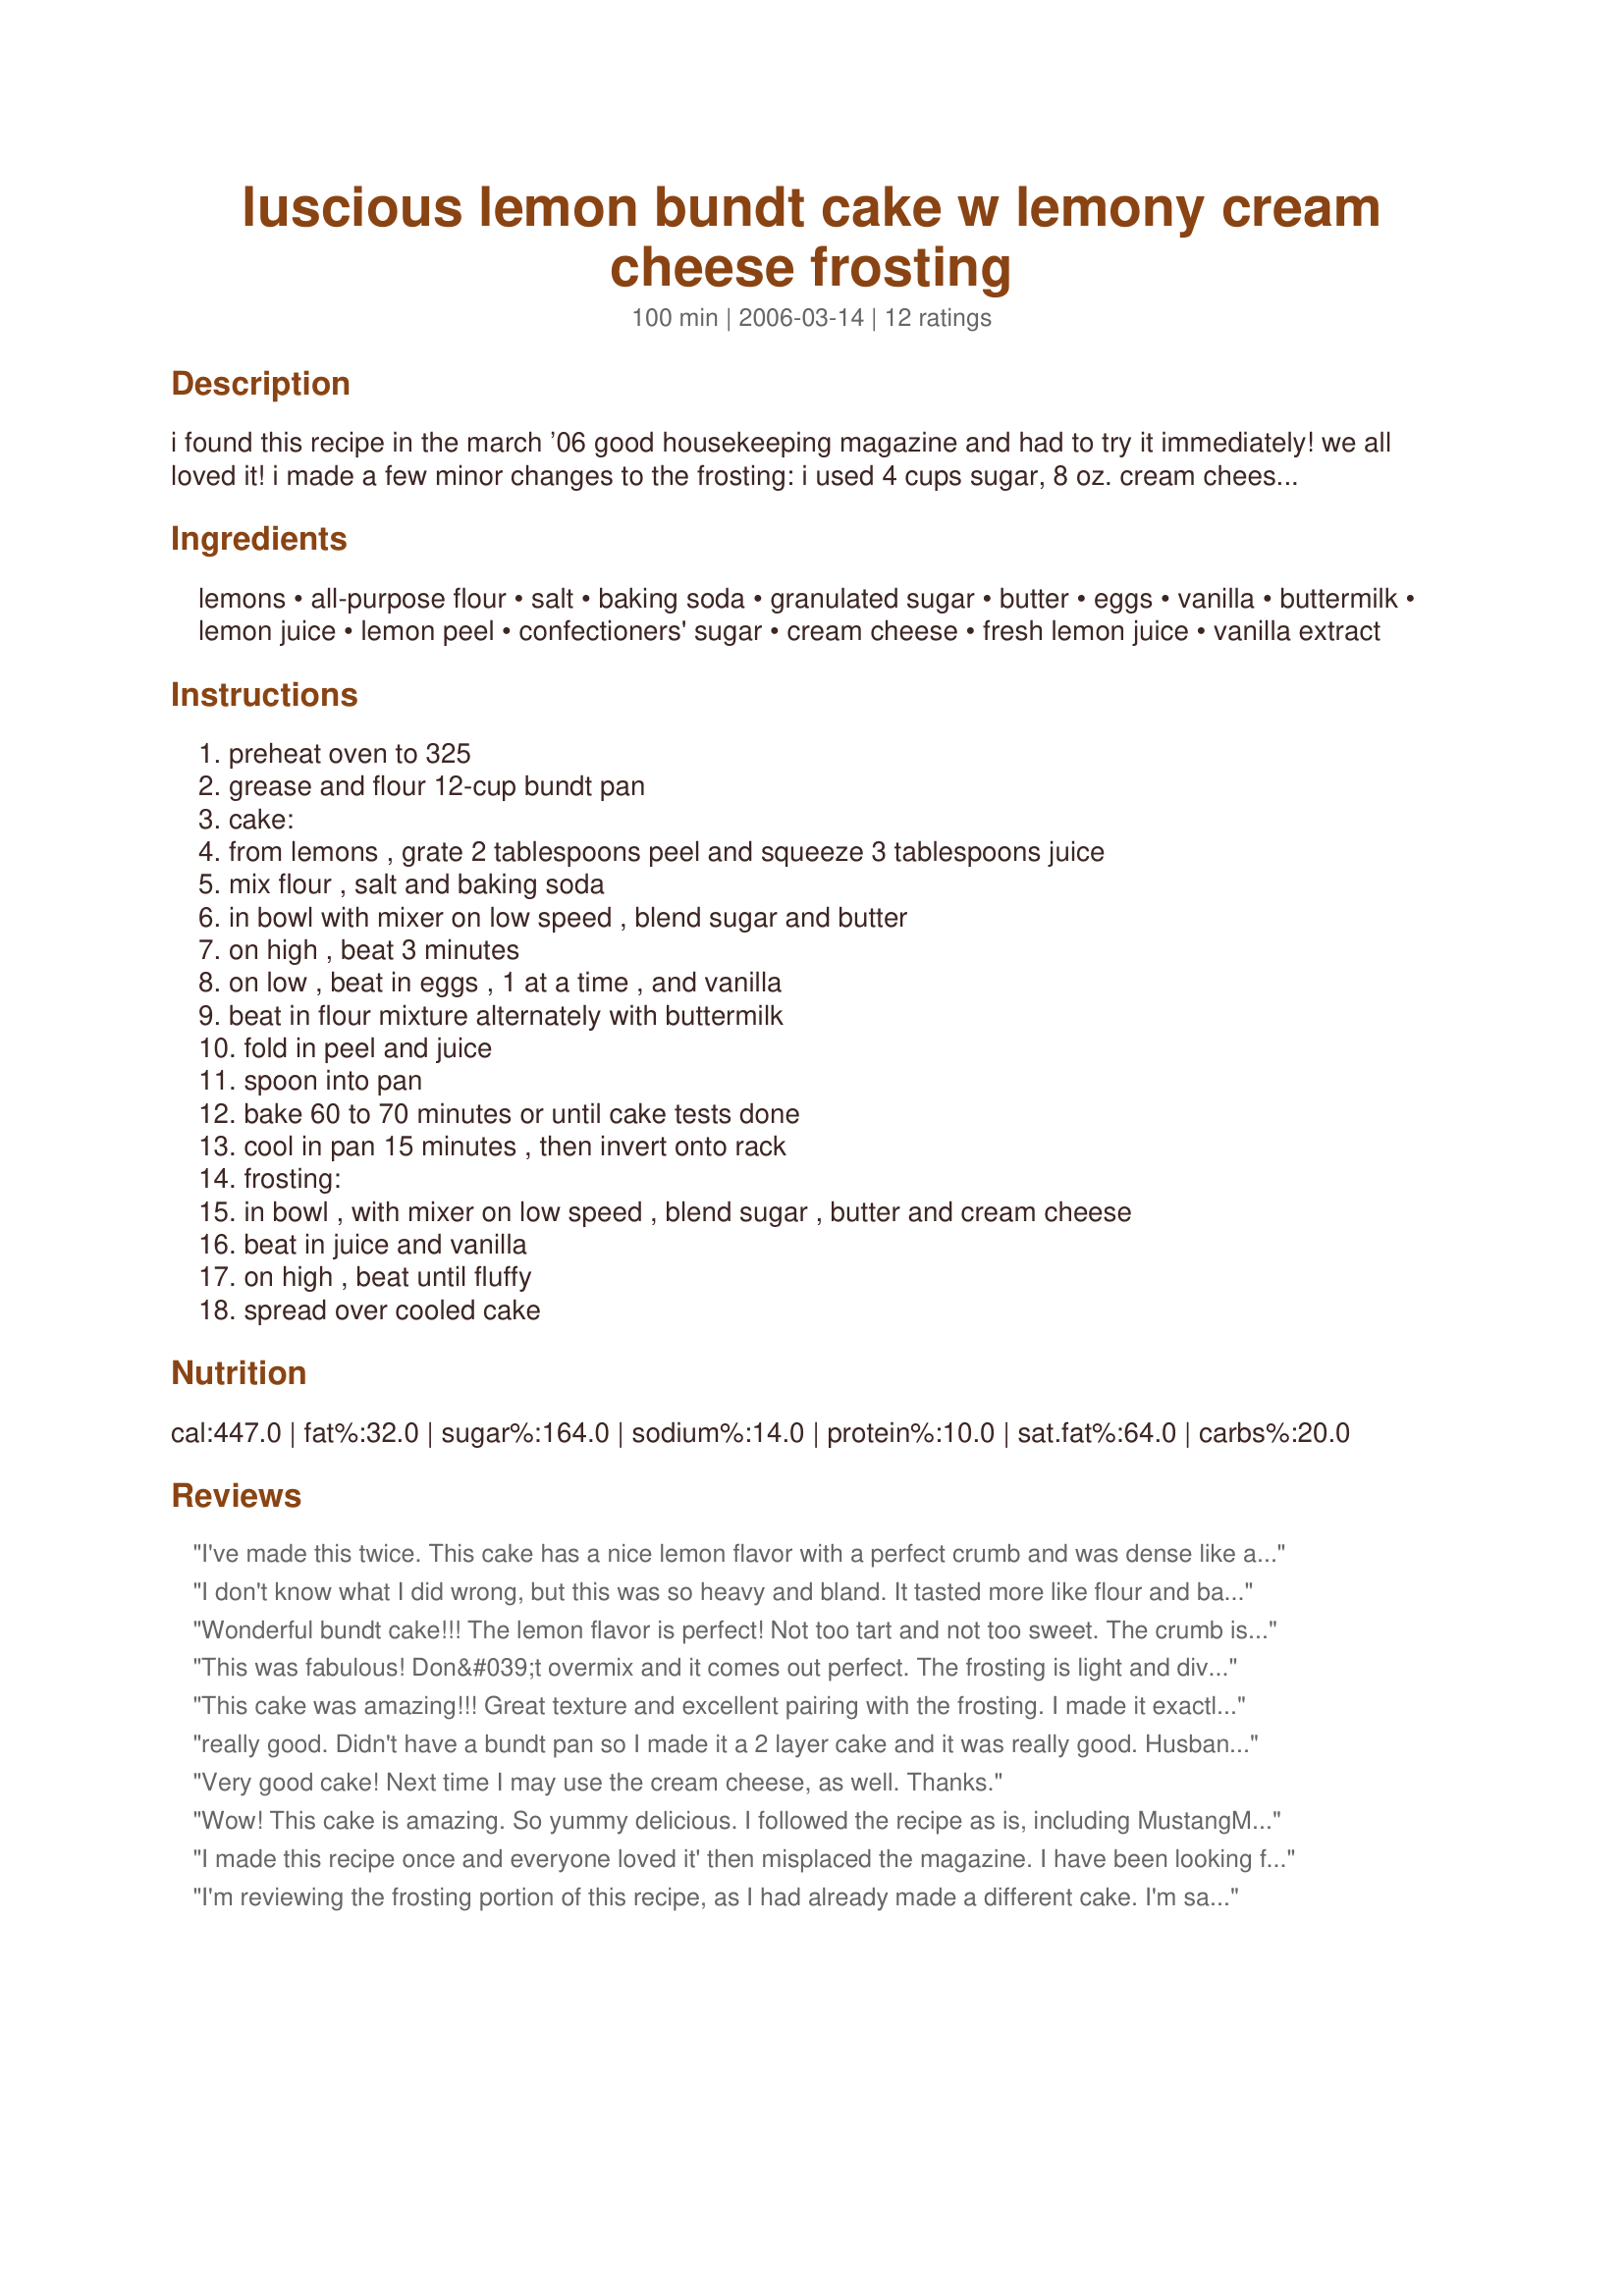
luscious lemon bundt cake w lemony cream cheese frosting
Preparation time: 100 minutes

i found this recipe in the march ’06 good housekeeping magazine and had to try it immediately! we all loved it! i made a few minor changes to the frosting: i used 4 cups sugar, 8 oz. cream cheese, 1 teaspoon vanilla, and i also added some grated lemon peel (maybe 1 tsp.) both cake and frosting were deliciously lemony! :)

Ingredients:
lemons, all-purpose flour, salt, baking soda, granulated sugar, butter, eggs, vanilla, buttermilk, lemon juice, lemon peel, confectioners' sugar, cream cheese, fresh lemon juice, vanilla extract

Steps:
preheat oven to 325, grease and flour 12-cup bundt pan, cake:, from lemons , grate 2 tablespoons peel and squeeze 3 tablespoons juice, mix flour , salt and baking soda, in bowl with mixer on low speed , blend sugar and butter, on high , beat 3 minutes, on low , beat in eggs , 1 at a time , and vanilla, beat in flour mixture alternately with buttermilk, fold in peel and juice, spoon into pan, bake 60 to 70 minutes or until cake tests done, cool in pan 15 minutes , then invert onto rack, frosting:, in bowl , with mixer on low speed , blend sugar , butter and cream cheese, beat in juice and vanilla, on high , beat until fluffy, spread over cooled cake

Reviews:
I've made this twice. This cake has a nice lemon flavor with a perfect crumb and was dense like a pound cake. It came out of the pan beautifully.
We didn't even frost it.
I don't know what I did wrong, but this was so heavy and bland. It tasted more like flour and baking products than dessert. I made it for my husband's birthday and we had to throw it away. I'm giving it three stars because I probably messed it up somehow, although I followed the instructions.
Wonderful bundt cake!!! The lemon flavor is perfect! Not too tart and not too sweet. The crumb is fabulous and I love the addition of the cream cheese frosting. This is an excellent cake! Great recipe Mustang Mom!
This was fabulous! Don&#039;t overmix and it comes out perfect. The frosting is light and divine! Everyone asked for the recipe.
This cake was amazing!!! Great texture and excellent pairing with the frosting. I made it exactly as specified in this recipe with the exception of added a couple more tablespoons of lemon to the frosting. This is one of my favoriate cakes of all time.
really good. Didn't have a bundt pan so I made it a 2 layer cake and it was really good. Husband wanted it to be for lemony but I thought it was perfect.
Very good cake! Next time I may use the cream cheese, as well. Thanks.
Wow! This cake is amazing. So yummy delicious. I followed the recipe as is, including MustangMom's note about frosting ingredients. I like the way there was enough frosting to make a fluffy, yummy dessert. This would make a great base for any bundt cake--just take out the lemon peel and juice and substitute other flavors. Thank you so much for sharing!
I made this recipe once and everyone loved it' then misplaced the magazine. I have been looking for the recipe forever thanks so much will make it for easter.. Best cake I ever made!
I'm reviewing the frosting portion of this recipe, as I had already made a different cake. I'm sampling the frosting as I type, and cannot stop! The key is that little bit of vanilla extract that goes in. This is sooo good! Definitely a keeper. Thanks for posting, MustangMom!
I have been searching for this recipe forever! I cut it out of the 3/06 GH magazine, made it a few times and lost the clipping! I've been so upset because it is the best cake ever. I'm 7 mos. pregnant now and craving this cake like crazy... thank god for google! Thank you so much for saving me!!
A nice lemon cake and delicious frosting. Thank you for the recipe.
